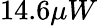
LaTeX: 14.6\mu W